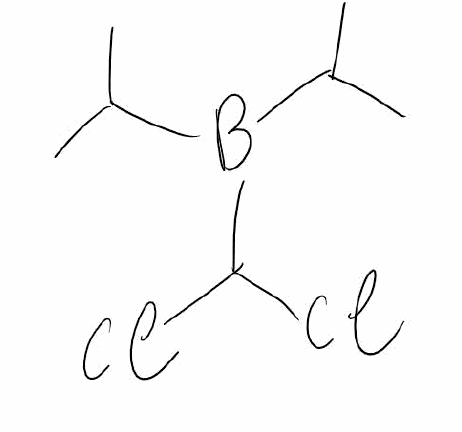
Simplified molecular-input line-entry system (SMILES) notation of the given molecule:
B(C(C)C)(C(C)C)C(Cl)Cl